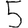
Digit: 5